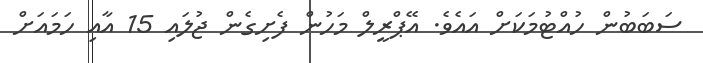
ސަބަބުން ހުއްޓުމަކަށް އައެވެ. އޭޕްރީލް މަހުން ފެށިގެން ޖުލައި 15 އާއި ހަމައަށް